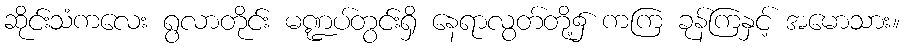
ဆိုင်းသံကလေး ရွလာတိုင်း မဏ္ဍပ်တွင်းရှိ နေရာလွတ်တို့၌ ကကြ ခုန်ကြနှင့် အမောသား။